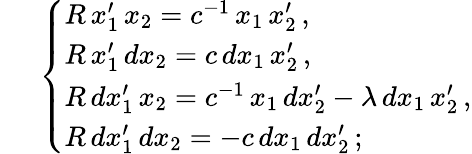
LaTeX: \; \; \; \; \; \left\{ \begin{array}{l}{{R\, x_{1}^{\prime}\, x_{2}=c^{-1}\, x_{1}\, x_{2}^{\prime}\, ,}}\\ {{R\, x_{1}^{\prime}\, dx_{2}=c\, dx_{1}\, x_{2}^{\prime}\, ,}}\\ {{R\, dx_{1}^{\prime}\, x_{2}=c^{-1}\, x_{1}\, dx_{2}^{\prime}-\lambda\, dx_{1}\, x_{2}^{\prime}\, ,}}\\ {{R\, dx_{1}^{\prime}\, dx_{2}=-c\, dx_{1}\, dx_{2}^{\prime}\, ;}}\end{array}\right.